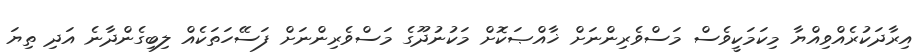
އިރާދަކުރެއްވިއްޔާ މިކަމަކީވެސް މަސްވެރިންނަށް ޚާއްޞަކޮށް މަކުނުދޫގެ މަސްވެރިންނަށް ފަސޭހަތަކެއް ލިބިގެންދާނެ އަދި ތިޔަ